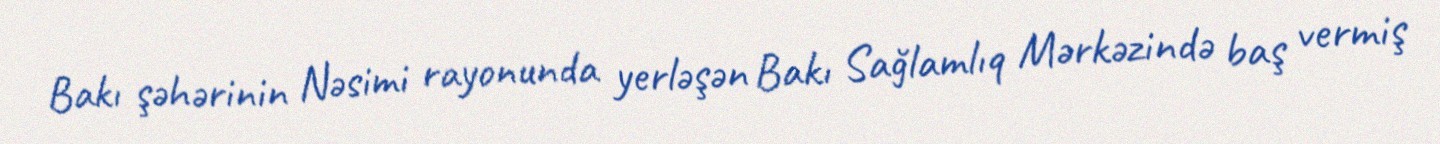
Bakı şəhərinin Nəsimi rayonunda yerləşən Bakı Sağlamlıq Mərkəzində baş vermiş